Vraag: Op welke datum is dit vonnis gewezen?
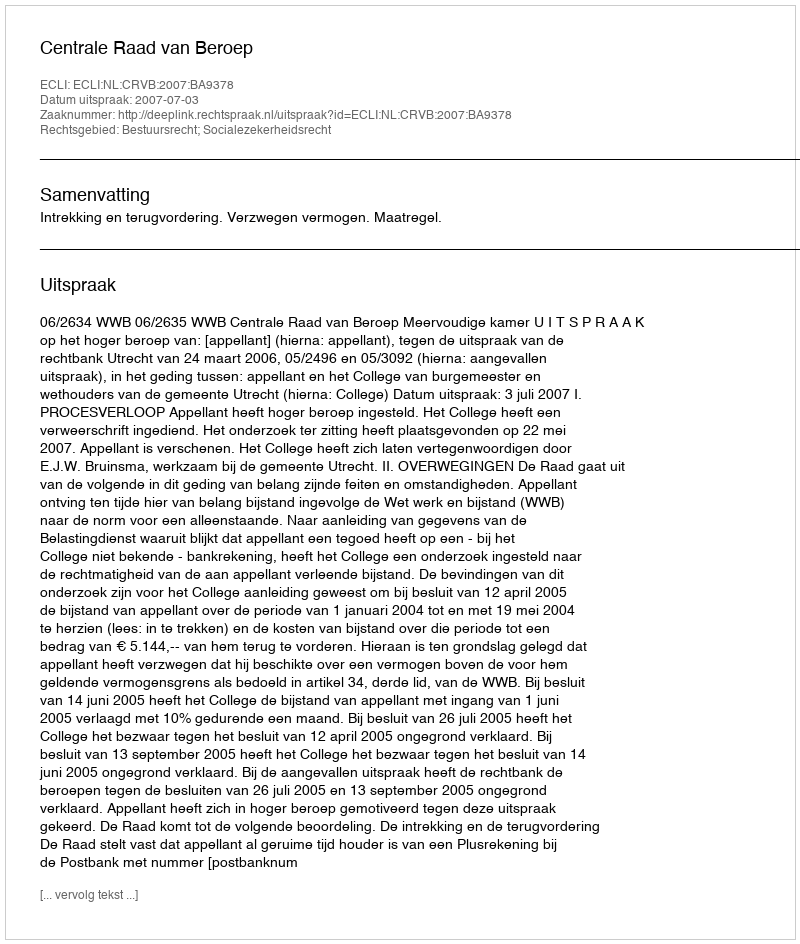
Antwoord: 2007-07-03